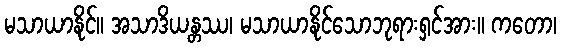
မသာယာနိုင်။ အသာဒိယန္တဿ၊ မသာယာနိုင်သောဘုရားရှင်အား။ ကတော၊